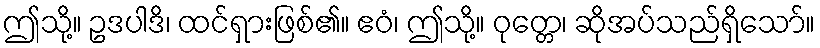
ဤသို့။ ဥဒပါဒိ၊ ထင်ရှားဖြစ်၏။ ဧဝံ၊ ဤသို့။ ဝုတ္တေ၊ ဆိုအပ်သည်ရှိသော်။